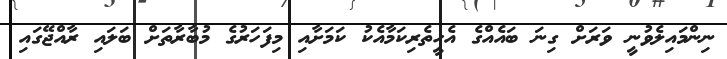
ނިންމައިލެވުނީ ވަރަށް ގިނަ ބައެއްގެ އެހީތެރިކަމާއެކު ކަމަށާއި މިފަހަރުގެ މުބާރާތަށް ބަލައި ރާއްޖޭގައި